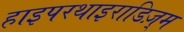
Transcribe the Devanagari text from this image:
हाइपरथाइराडिज़्म